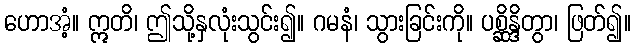
ဟောအံ့။ ဣတိ၊ ဤသို့နှလုံးသွင်း၍။ ဂမနံ၊ သွားခြင်းကို။ ပစ္ဆိန္ဒိတွာ၊ ဖြတ်၍။